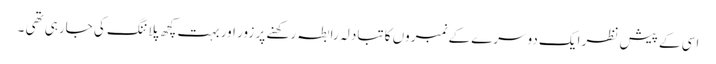
اسی کے پیش نظر ایک دوسرے کے نمبروں کا تبادلہ رابطہ رکھنے پر زور اور بہت کچھ پلاننگ کی جارہی تھی ۔